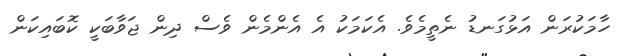
ހާމަކުރަން އަޅުގަނޑު ނެތީމެވެ. އެކަމަކު އެ އެންމެން ވެސް ދިން ޖަވާބަކީ ކޮބައިކަން